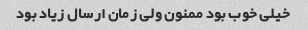
خیلی خوب بود ممنون ولی زمان ارسال زیاد بود